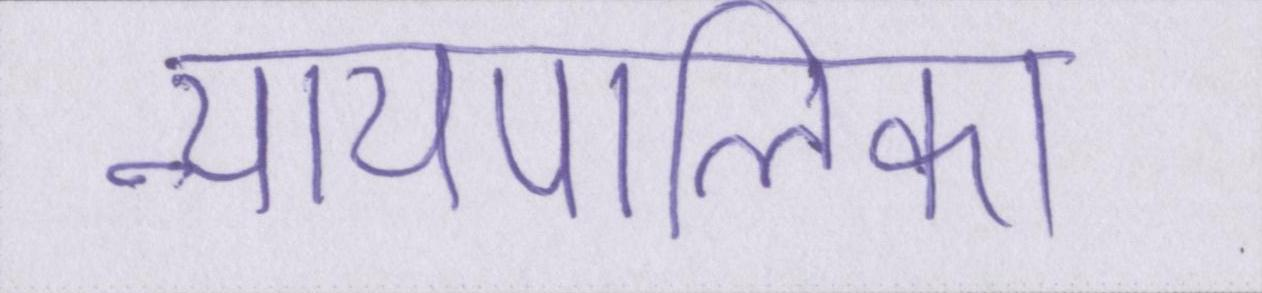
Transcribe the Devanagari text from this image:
न्यायपालिका